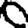
Digit: 0